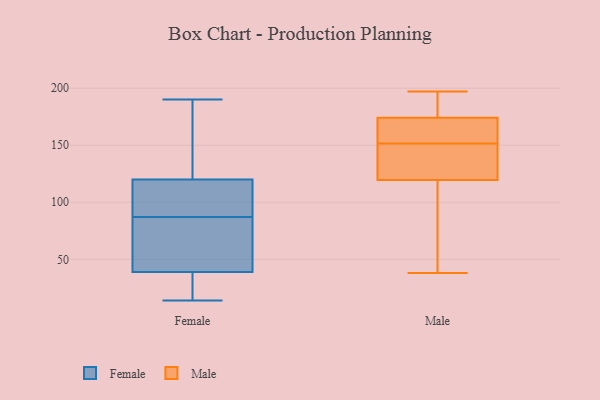
{"axis": {"x": "Page Views", "y": "Value"}, "legend": ["Female", "Male"], "data": [{"x": "", "y": 104, "type": "Female"}, {"x": "", "y": 189, "type": "Female"}, {"x": "", "y": 14, "type": "Female"}, {"x": "", "y": 45, "type": "Female"}, {"x": "", "y": 102, "type": "Female"}, {"x": "", "y": 54, "type": "Female"}, {"x": "", "y": 95, "type": "Female"}, {"x": "", "y": 33, "type": "Female"}, {"x": "", "y": 146, "type": "Female"}, {"x": "", "y": 177, "type": "Female"}, {"x": "", "y": 25, "type": "Female"}, {"x": "", "y": 24, "type": "Female"}, {"x": "", "y": 190, "type": "Female"}, {"x": "", "y": 120, "type": "Female"}, {"x": "", "y": 68, "type": "Female"}, {"x": "", "y": 39, "type": "Female"}, {"x": "", "y": 91, "type": "Female"}, {"x": "", "y": 83, "type": "Female"}, {"x": "", "y": 143, "type": "Male"}, {"x": "", "y": 169, "type": "Male"}, {"x": "", "y": 156, "type": "Male"}, {"x": "", "y": 197, "type": "Male"}, {"x": "", "y": 73, "type": "Male"}, {"x": "", "y": 162, "type": "Male"}, {"x": "", "y": 180, "type": "Male"}, {"x": "", "y": 136, "type": "Male"}, {"x": "", "y": 38, "type": "Male"}, {"x": "", "y": 103, "type": "Male"}, {"x": "", "y": 179, "type": "Male"}, {"x": "", "y": 147, "type": "Male"}]}